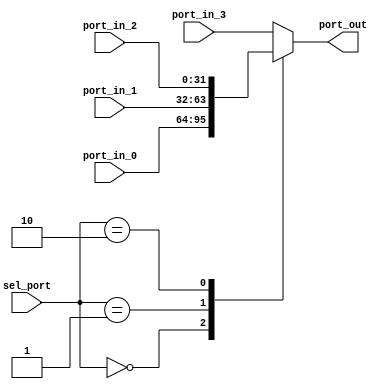
module MUX (
input   [1:0] sel_port,
input   [31:0] port_in_0,
input   [31:0] port_in_1,
input   [31:0] port_in_2,
input   [31:0] port_in_3,
output reg [31:0] port_out 
);


always @(*) begin
   case (sel_port)
      2'd0: port_out <= port_in_0;
      2'd1: port_out <= port_in_1;
      2'd2: port_out <= port_in_2;
      default: port_out <= port_in_3;
	endcase
end

endmodule